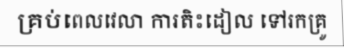
គ្រប់ពេលវេលា ការតិះដៀល ទៅរកគ្រូ